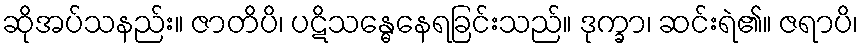
ဆိုအပ်သနည်း။ ဇာတိပိ၊ ပဋိသန္ဓေနေရခြင်းသည်။ ဒုက္ခာ၊ ဆင်းရဲ၏။ ဇရာပိ၊